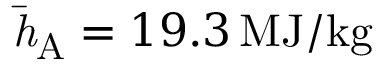
\mathit { \bar { h } _ { \mathrm { A } } } = 1 9 . 3 \, \mathrm { M J / k g }